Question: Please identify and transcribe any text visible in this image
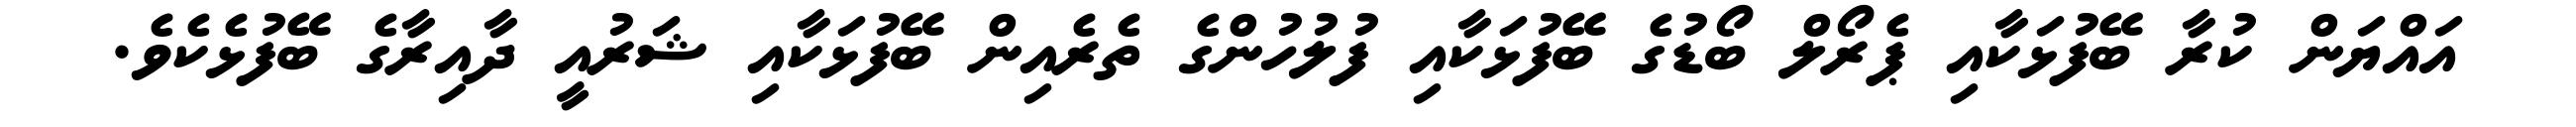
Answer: އައްޔަން ކުރާ ބޭފުޅަކާއި ޕެރޯލް ބޯޑުގެ ބޭފުޅަކާއި ފުލުހުންގެ ތެރެއިން ބޭފުޅަކާއި ޝަރުއީ ދާއިރާގެ ބޭފުޅެކެވެ.